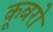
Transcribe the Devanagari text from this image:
कूबरो